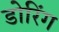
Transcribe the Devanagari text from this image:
डोरिंग